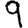
Digit: 9